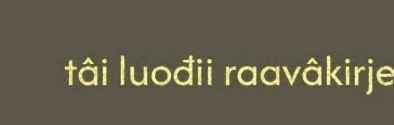
tâi luođii raavâkirje